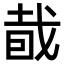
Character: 𥅤